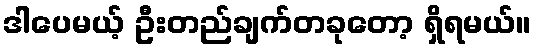
ဒါပေမယ့် ဦးတည်ချက်တခုတော့ ရှိရမယ်။